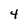
Character: 4